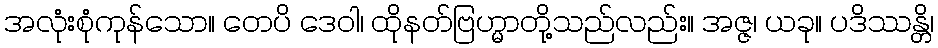
အလုံးစုံကုန်သော။ တေပိ ဒေဝါ၊ ထိုနတ်ဗြဟ္မာတို့သည်လည်း။ အဇ္ဇ၊ ယခု။ ပဒိဿန္တိ၊